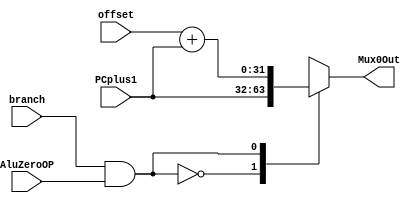
// Multiplexor for calculating branch address
module MIPSMUX0(offset, PCplus1,AluZeroOP,branch,Mux0Out); 
	input[31:0]offset,PCplus1;
	input AluZeroOP, branch;
	wire Mux0Sel;
	output reg[31:0]Mux0Out;
	assign Mux0Sel = branch & AluZeroOP; 
	always@(Mux0Sel, offset, PCplus1) 
	begin
		case(Mux0Sel)
			0:Mux0Out <= PCplus1; 
			1:Mux0Out = offset + PCplus1;
		endcase 
	end 
endmodule

// Multiplexor to select destination register in Register Module
module MIPSMUX1(Mux1In0,Mux1In1,Mux1Sel,Mux1Out); 
	input[4:0]Mux1In0,Mux1In1;
	input Mux1Sel;
	output reg[4:0]Mux1Out;
	always@(Mux1Sel, Mux1In1, Mux1In0) 
	begin
		case(Mux1Sel)
			0:Mux1Out <= Mux1In0;
			1:Mux1Out <= Mux1In1; endcase
	end 
endmodule

// Multiplexor to select input to ALU input B
module MIPSMUX2(Mux2In0,Mux2In1,Mux2Sel,Mux2Out); 
	input[31:0]Mux2In0,Mux2In1;
	input Mux2Sel;
	output reg[31:0]Mux2Out;
	always@(Mux2Sel, Mux2In1, Mux2In0) 
	begin
		case(Mux2Sel)
			0:Mux2Out <= Mux2In0;
			1:Mux2Out <= Mux2In1; endcase
	end 
endmodule

// Multiplexor from Data memory to Register module write data line
module MIPSMUX3(Mux3In0,Mux3In1,Mux3Sel,Mux3Out, RV); 
	input[31:0]Mux3In0,Mux3In1;
	input Mux3Sel;
	output reg[31:0]Mux3Out, RV;
	always@(Mux3Sel, Mux3In1, Mux3In0) 
	begin
		case(Mux3Sel)
			0:begin Mux3Out <= Mux3In0;
					RV <= Mux3In0; end
			1:begin Mux3Out <= Mux3In1;
					RV <= Mux3In1; end
		endcase 
	end 
endmodule